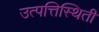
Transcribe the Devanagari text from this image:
उत्पत्तिस्थिती